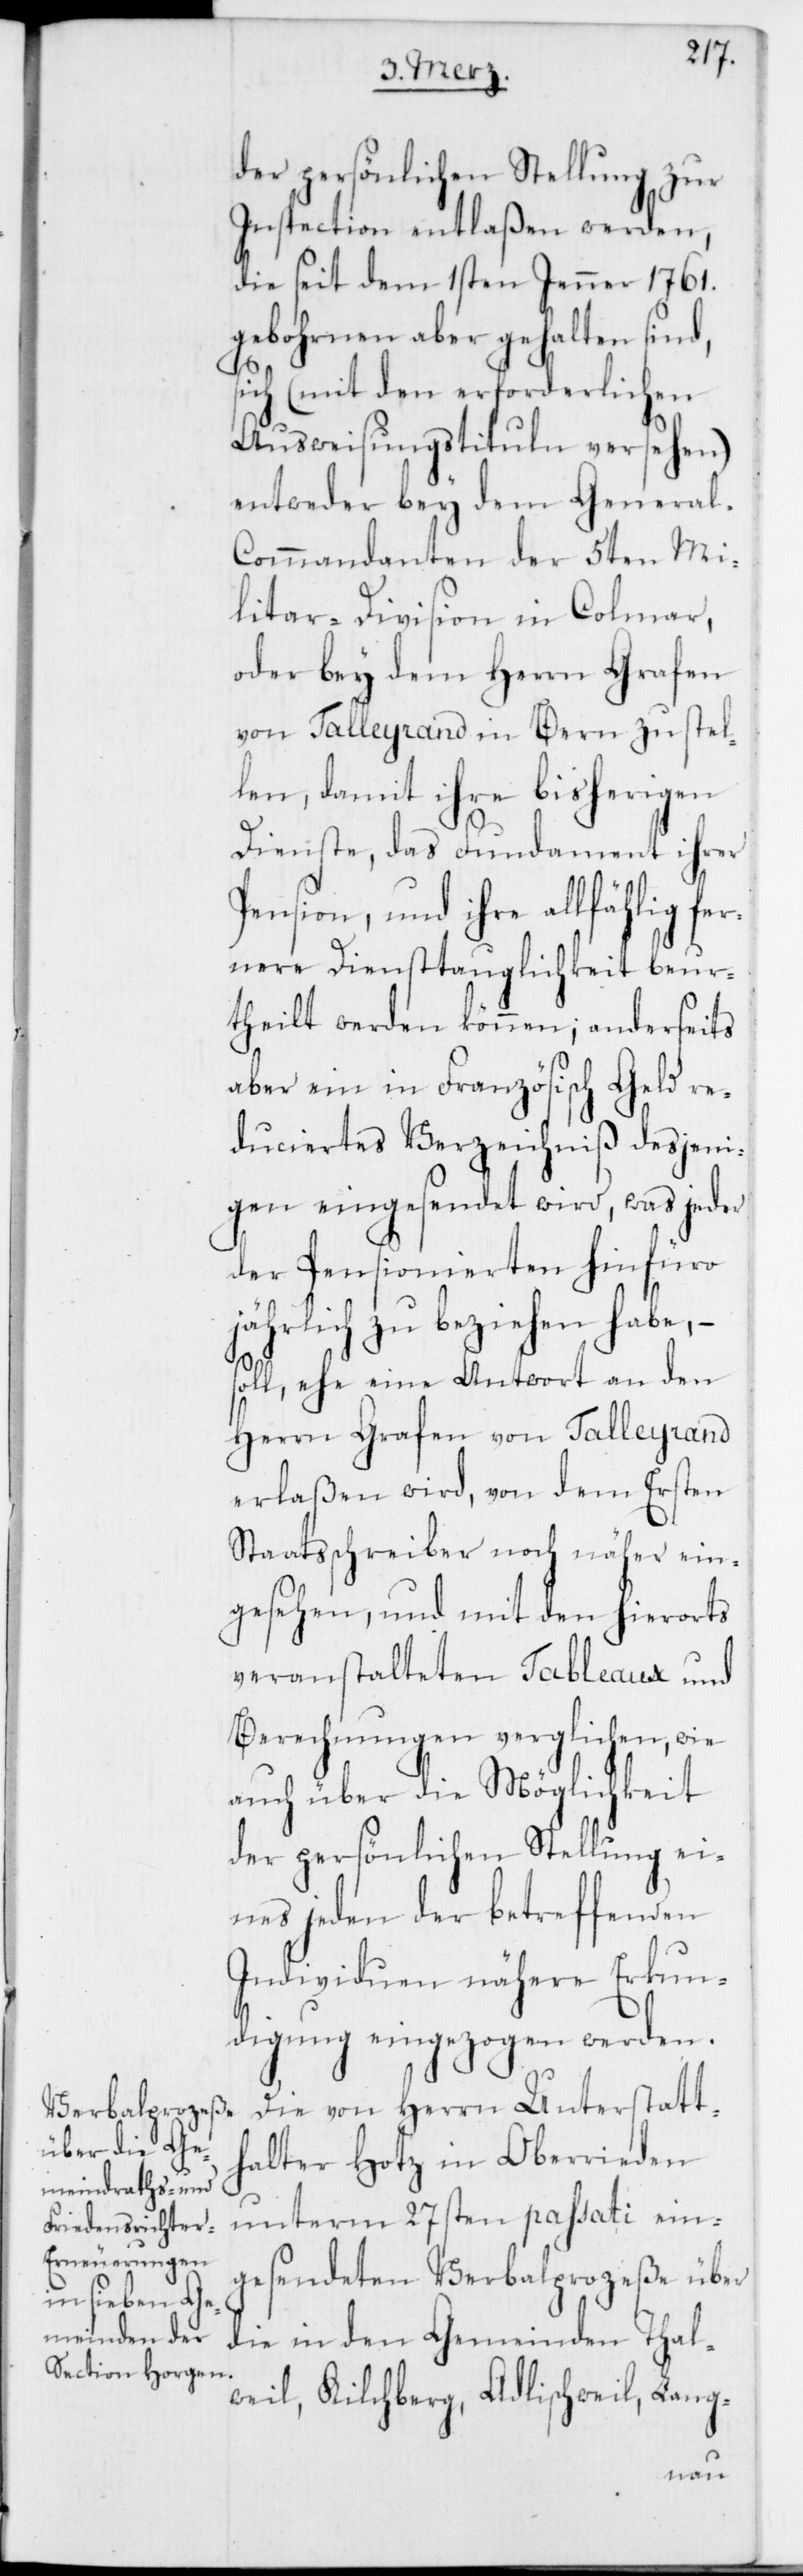
der persönlichen Stellung zur
Inspection entlaßen werden,
die seit dem 1sten Jenner 1761.
gebohrnen aber gehalten sind,
sich (mit den erforderlichen
Ausweisungstituln versehen)
entweder bey dem Genera¬
l-Commandanten der 5ten Mi¬
litar-Division in Colmar,
oder bey dem Herrn Grafen
von Talleyrand in Bern zu stel¬
len, damit ihre bisherigen
Dienste, das Fundament ihrer
Pension, und ihre allfählig fe¬
rnere Diensttauglichkeit beur¬
theilt werden können; anderseits
aber ein in Französisch Geld re¬
duciertes Verzeichniß desjeni¬
gen eingesendet wird, was jeder
der Pensionierten hinfüro
jährlich zu beziehen habe, –
soll, ehe eine Antwort an den
Herrn Grafen von Talleyrand
erlaßen wird, von dem Ersten
Staatsschreiber noch näher ein¬
gesehen, und mit den hierorts
veranstalteten Tableaux und
Berechnungen verglichen, wie
auch über die Möglichkeit
der persönlichen Stellung ei¬
nes jeden der betreffenden
Individuen nähere Erkun¬
digung eingezogen werden.
Die von Herrn Unterstatt¬
halter Hotz in Oberrieden
unterm 27sten passati ein¬
gesendeten Verbalpozeße über
die in den Gemeinden Thal¬
weil, Kilchberg, Adlischweil, Lang-